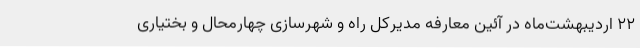
22 اردیبهشت‌ماه در آئین معارفه مدیرکل راه و شهرسازی چهارمحال و بختیاری